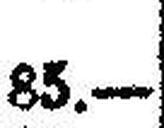
85.—